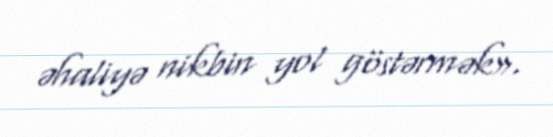
əhaliyə nikbin yol göstərmək».